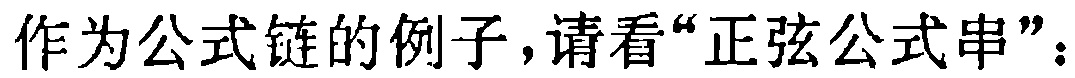
作为公式链的例子，请看“正弦公式串”：